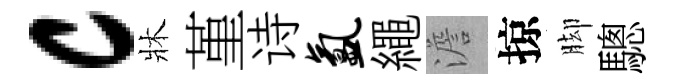
c牀堇诗氲繩澹掠脚驄